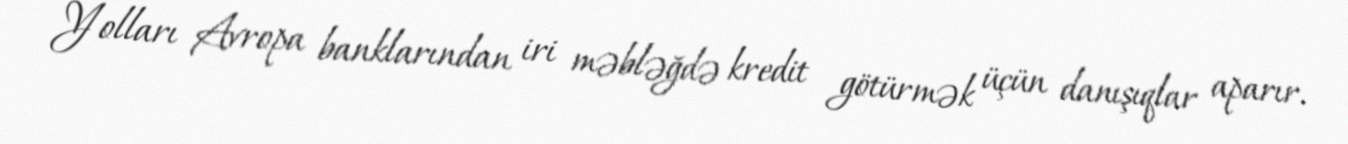
Yolları Avropa banklarından iri məbləğdə kredit götürmək üçün danışıqlar aparır.